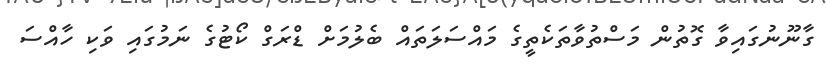
ގާނޫނުގައިވާ ގޮތުން މަސްތުވާތަކެތީގެ މައްސަލަތައް ބެލުމަށް ޑްރަގް ކޯޓުގެ ނަމުގައި ވަކި ހާއްސަ